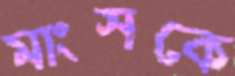
মাংসকে